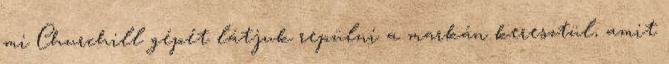
mi Churchill gépét látjuk repülni a markán keresztül, amit